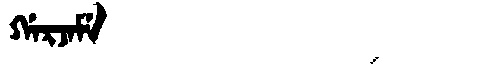
Manchu: ᡤᠠᡵᠵᠠᠮᡝ
Romanization: GARJAME